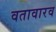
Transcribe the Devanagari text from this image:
वतावारव